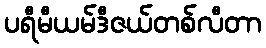
ပရီမီယမ်ဒီဇယ်တစ်လီတာ